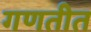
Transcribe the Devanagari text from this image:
गणतीत